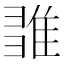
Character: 𨿉